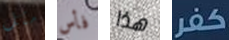
مثل فأس هذا كفر